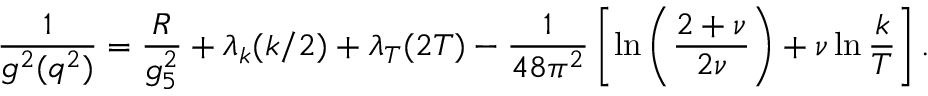
{ \frac { 1 } { g ^ { 2 } ( q ^ { 2 } ) } } = { \frac { R } { g _ { 5 } ^ { 2 } } } + \lambda _ { k } ( k / 2 ) + \lambda _ { T } ( 2 T ) - { \frac { 1 } { 4 8 \pi ^ { 2 } } } \left[ \ln \left( { \frac { 2 + \nu } { 2 \nu } } \right) + \nu \ln { \frac { k } { T } } \right] .